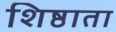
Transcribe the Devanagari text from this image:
शिष्ठाता